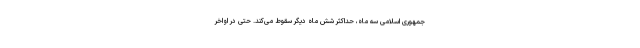
جمهوری اسلامی سه ماه، حداکثر شش ماه دیگر سقوط می‌کند. حتی در اواخر